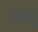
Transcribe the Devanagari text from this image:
तेन्दू